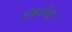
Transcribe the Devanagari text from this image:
मॉडरनिटी